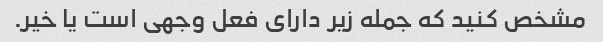
مشخص کنید که جمله زیر دارای فعل وجهی است یا خیر.